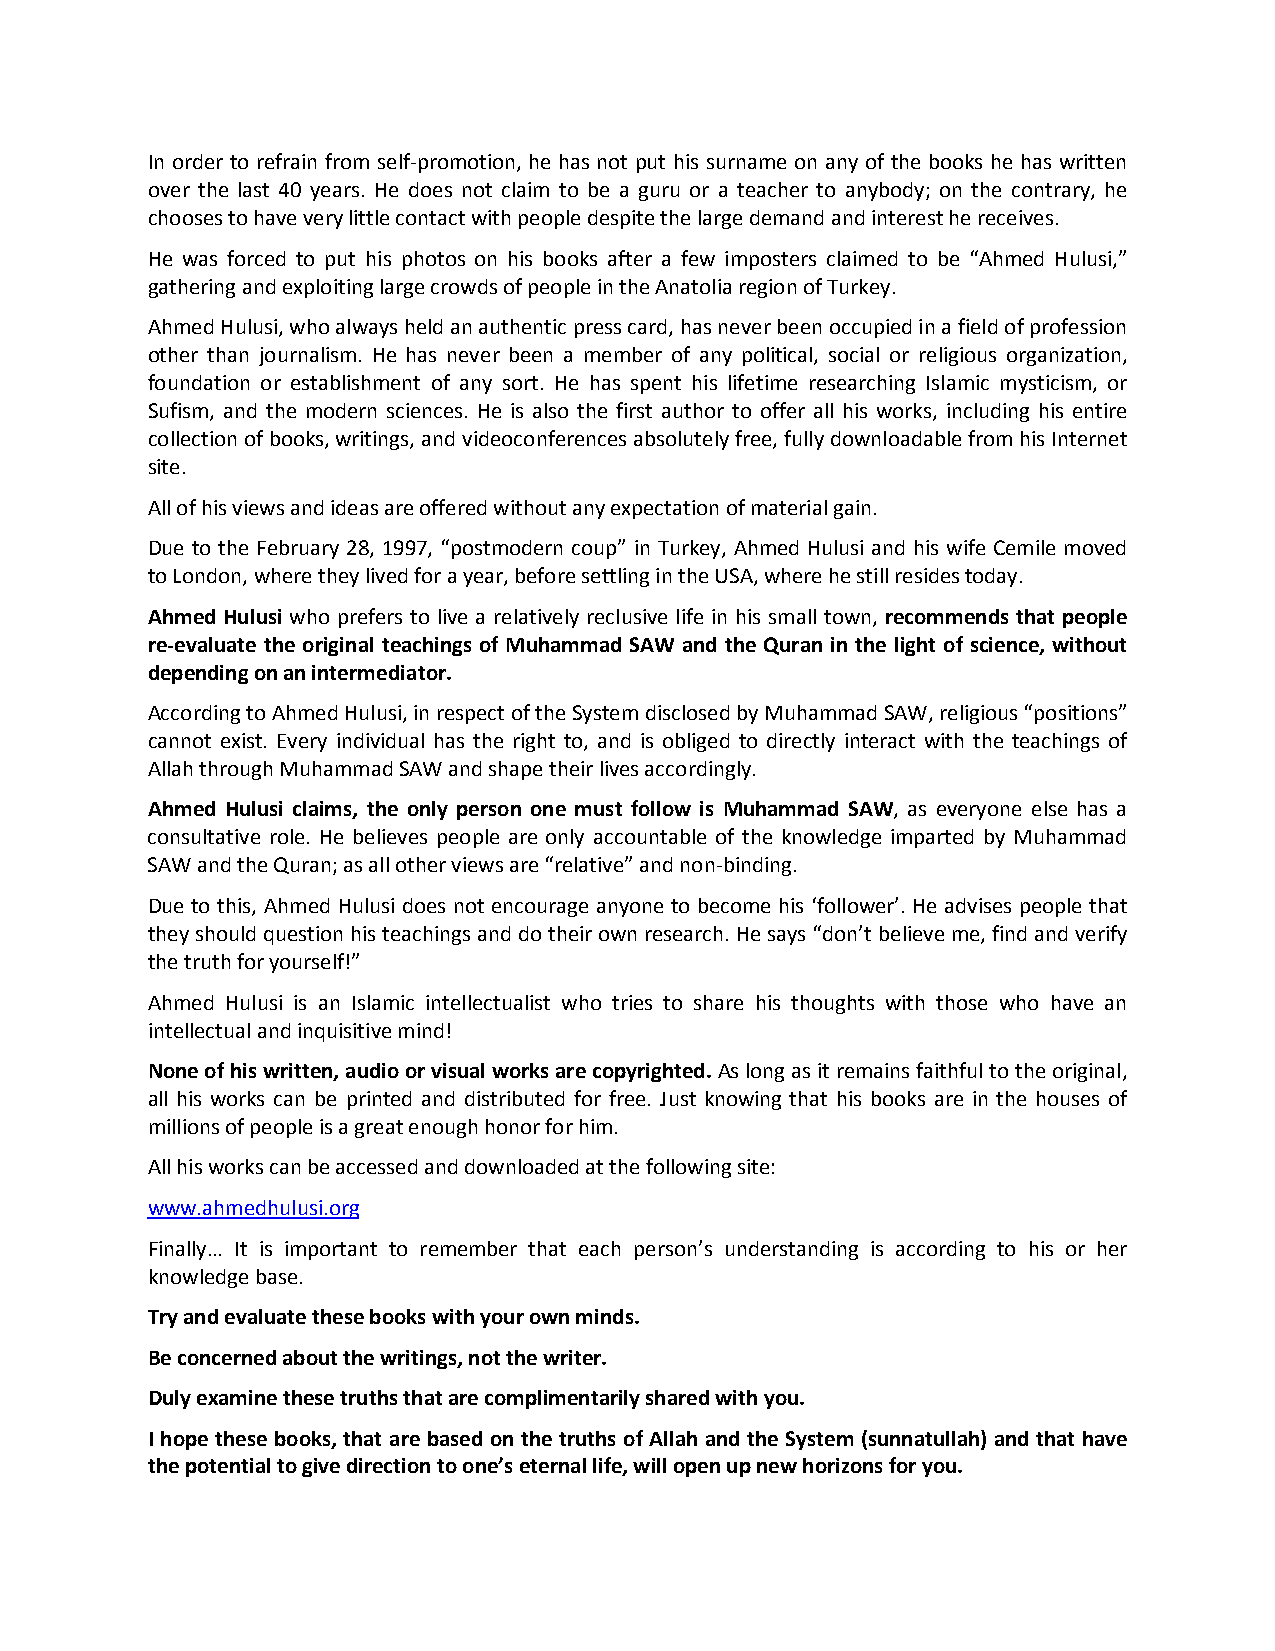
In order to refrain from self-promotion, he has not put his surname on any of the books he has written
 over the last 40 years. He does not claim to be a guru or a teacher to anybody; on the contrary, he
 chooses to have very little contact with people despite the large demand and interest he receives.
 He was forced to put his photos on his books after a few imposters claimed to be “Ahmed Hulusi,”
 gathering and exploiting large crowds of people in the Anatolia region of Turkey.
 Ahmed Hulusi, who always held an authentic press card, has never been occupied in a field of profession
 other than journalism. He has never been a member of any political, social or religious organization,
 foundation or establishment of any sort. He has spent his lifetime researching Islamic mysticism, or
 Sufism, and the modern sciences. He is also the first author to offer all his works, including his entire
 collection of books, writings, and videoconferences absolutely free, fully downloadable from his Internet
 site.
 All of his views and ideas are offered without any expectation of material gain.
 Due to the February 28, 1997, “postmodern coup” in Turkey, Ahmed Hulusi and his wife Cemile moved
 to London, where they lived for a year, before settling in the USA, where he still resides today.
 Ahmed Hulusi who prefers to live a relatively reclusive life in his small town, recommends that people
 re-evaluate the original teachings of Muhammad SAW and the Quran in the light of science, without
 depending on an intermediator.
 According to Ahmed Hulusi, in respect of the System disclosed by Muhammad SAW, religious “positions”
 cannot exist. Every individual has the right to, and is obliged to directly interact with the teachings of
 Allah through Muhammad SAW and shape their lives accordingly.
 Ahmed Hulusi claims, the only person one must follow is Muhammad SAW, as everyone else has a
 consultative role. He believes people are only accountable of the knowledge imparted by Muhammad
 SAW and the Quran; as all other views are “relative” and non-binding.
 Due to this, Ahmed Hulusi does not encourage anyone to become his ‘follower’. He advises people that
 they should question his teachings and do their own research. He says “don’t believe me, find and verify
 the truth for yourself!”
 Ahmed Hulusi is an Islamic intellectualist who tries to share his thoughts with those who have an
 intellectual and inquisitive mind!
 None of his written, audio or visual works are copyrighted. As long as it remains faithful to the original,
 all his works can be printed and distributed for free. Just knowing that his books are in the houses of
 millions of people is a great enough honor for him.
 All his works can be accessed and downloaded at the following site:
 www.ahmedhulusi.org
 Finally… It is important to remember that each person’s understanding is according to his or her
 knowledge base.
 Try and evaluate these books with your own minds.
 Be concerned about the writings, not the writer.
 Duly examine these truths that are complimentarily shared with you.
 I hope these books, that are based on the truths of Allah and the System (sunnatullah) and that have
 the potential to give direction to one’s eternal life, will open up new horizons for you.